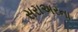
સરાઅરના